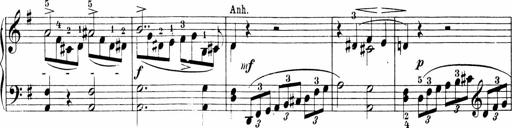
Title: Sonatinen Op.47, 98 und 136, nebst 6 Liedersonatinen
Composer: Carl Reinecke